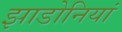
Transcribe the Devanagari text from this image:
झाडोनियां